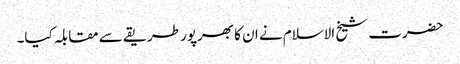
حضرت شیخ الاسلام نے ان کا بھرپور طریقے سے مقابلہ کیا۔